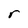
Character: r